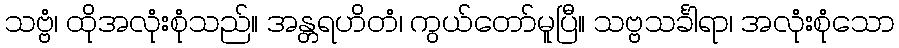
သဗ္ဗံ၊ ထိုအလုံးစုံသည်။ အန္တရဟိတံ၊ ကွယ်တော်မူပြီ။ သဗ္ဗသင်္ခါရာ၊ အလုံးစုံသော